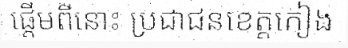
ផ្តើមពីនោះ ប្រជាជនខេត្តកៀង